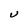
Character: U